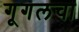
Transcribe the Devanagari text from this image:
गूगलचा